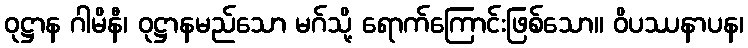
ဝုဋ္ဌာန ဂါမိနီ၊ ဝုဋ္ဌာနမည်သော မဂ်သို့ ရောက်ကြောင်းဖြစ်သော။ ဝိပဿနာပန၊